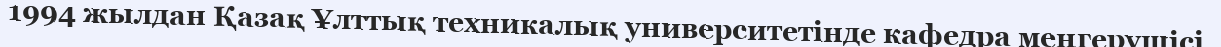
1994 жылдан Қазақ Ұлттық техникалық университетінде кафедра меңгерушісі.